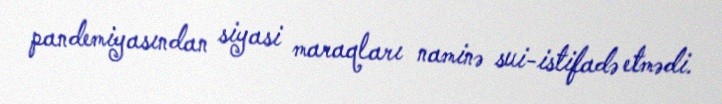
pandemiyasından siyasi maraqları naminə sui-istifadə etmədi.